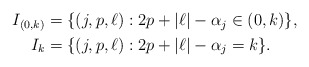
\begin{align*}\begin{aligned}I_{(0,k)} &= \{(j, p, \ell) : 2p+|\ell| -\alpha_j \in (0,k)\},\\I_k&= \{(j, p, \ell) : 2p+|\ell| -\alpha_j =k\}.\\\end{aligned}\end{align*}